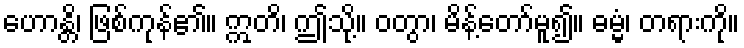
ဟောန္တိ၊ ဖြစ်ကုန်၏။ ဣတိ၊ ဤသို့။ ဝတွာ၊ မိန့်တော်မူ၍။ ဓမ္မံ၊ တရားကို။